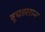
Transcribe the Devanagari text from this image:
बूचड़खाना